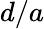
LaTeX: d/a